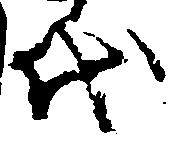
代